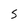
Character: 5